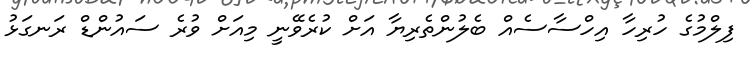
ފިލްމުގެ ހުރިހާ އިހްސާސެއް ބެލުންތެރިޔާ އަށް ކުރެވޭނީ މިއަށް ވުރެ ސައުންޑް ރަނގަޅު